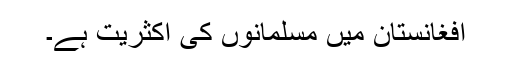
افغانستان میں مسلمانوں کی اکثریت ہے۔